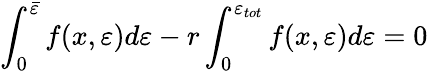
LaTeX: \int_{0}^{\bar{\varepsilon}}f(x,\varepsilon)d\varepsilon-r\int_{0}^{\varepsilon_{tot}}f(x,\varepsilon)d\varepsilon=0